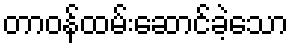
တာဝန်ထမ်းဆောင်ခဲ့သော